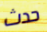
حدث